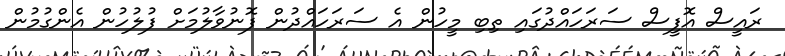
ރައީސް އޮފީސް ސަރަހައްދުގައި ތިބި މީހުން އެ ސަރަހައްދުން ފޮނުވާލުމަށް ފުލުހުން އެންގުމުން